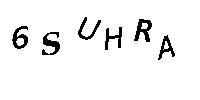
6SUHRA